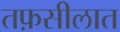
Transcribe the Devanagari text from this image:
तफ़सीलात